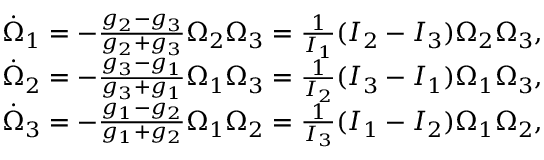
\begin{array} { r } { \dot { \Omega } _ { 1 } = - \frac { g _ { 2 } - g _ { 3 } } { g _ { 2 } + g _ { 3 } } \Omega _ { 2 } \Omega _ { 3 } = \frac { 1 } { I _ { 1 } } ( I _ { 2 } - I _ { 3 } ) \Omega _ { 2 } \Omega _ { 3 } , } \\ { \dot { \Omega } _ { 2 } = - \frac { g _ { 3 } - g _ { 1 } } { g _ { 3 } + g _ { 1 } } \Omega _ { 1 } \Omega _ { 3 } = \frac { 1 } { I _ { 2 } } ( I _ { 3 } - I _ { 1 } ) \Omega _ { 1 } \Omega _ { 3 } , } \\ { \dot { \Omega } _ { 3 } = - \frac { g _ { 1 } - g _ { 2 } } { g _ { 1 } + g _ { 2 } } \Omega _ { 1 } \Omega _ { 2 } = \frac { 1 } { I _ { 3 } } ( I _ { 1 } - I _ { 2 } ) \Omega _ { 1 } \Omega _ { 2 } , } \end{array}